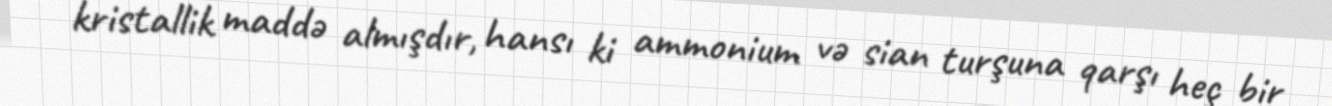
kristallik maddə almışdır, hansı ki ammonium və sian turşuna qarşı heç bir